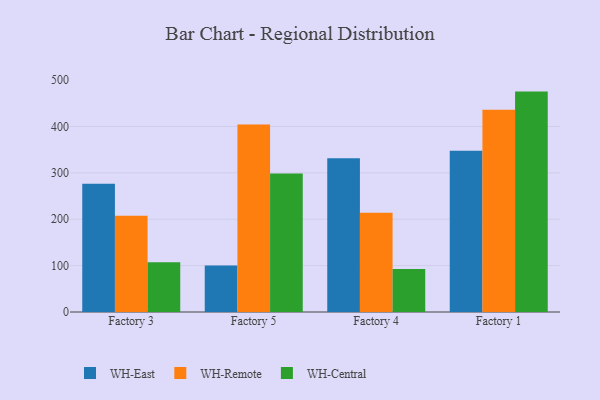
{"axis": {"x": "Factory", "y": "Net Income (USD K)"}, "legend": ["WH-Central", "WH-East", "WH-Remote"], "data": [{"x": "Factory 3", "y": 276.5, "type": "WH-East"}, {"x": "Factory 3", "y": 207.3, "type": "WH-Remote"}, {"x": "Factory 3", "y": 107.4, "type": "WH-Central"}, {"x": "Factory 5", "y": 100.3, "type": "WH-East"}, {"x": "Factory 5", "y": 404.4, "type": "WH-Remote"}, {"x": "Factory 5", "y": 298.8, "type": "WH-Central"}, {"x": "Factory 4", "y": 331.3, "type": "WH-East"}, {"x": "Factory 4", "y": 214.2, "type": "WH-Remote"}, {"x": "Factory 4", "y": 92.9, "type": "WH-Central"}, {"x": "Factory 1", "y": 347.8, "type": "WH-East"}, {"x": "Factory 1", "y": 436.2, "type": "WH-Remote"}, {"x": "Factory 1", "y": 475.2, "type": "WH-Central"}]}